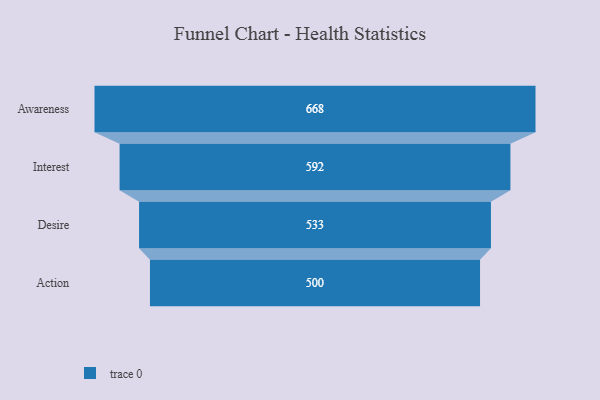
{"axis": {"x": "Stage", "y": "Value"}, "legend": [""], "data": [{"x": "Awareness", "y": 668.0, "type": ""}, {"x": "Interest", "y": 592.0, "type": ""}, {"x": "Desire", "y": 533.0, "type": ""}, {"x": "Action", "y": 500, "type": ""}]}